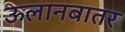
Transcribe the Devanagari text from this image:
ऊलानबातर